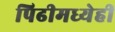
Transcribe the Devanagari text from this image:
पिढीमध्येही